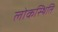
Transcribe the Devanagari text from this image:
लोकस्थिति